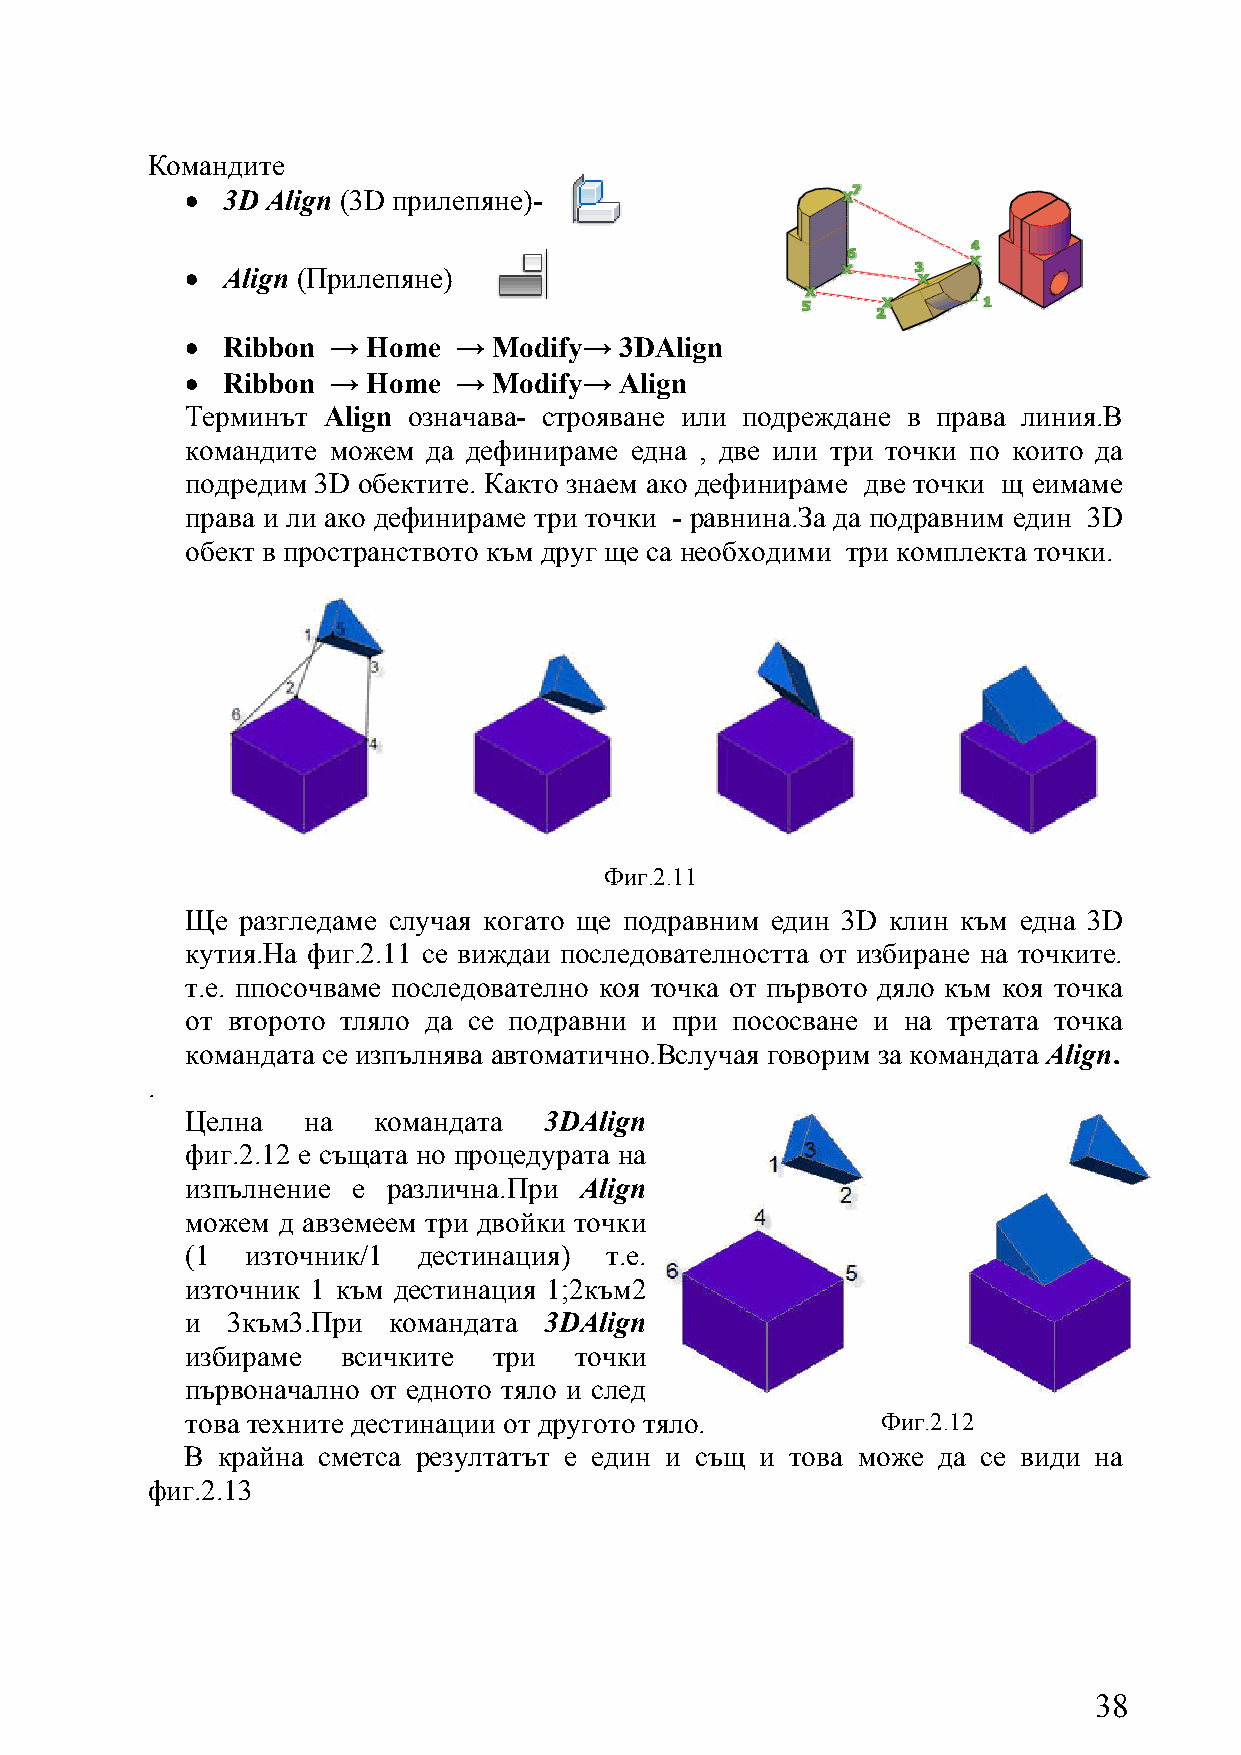
Командите
 •  3D Align (3D прилепяне)-
 •  Align (Прилепяне)
 •  Ribbon → Home  →  Modify→ 3DAlign
 •  Ribbon → Home  →  Modify→ Align
 Терминът Align означава- строяване или подреждане в права линия.В
 командите можем да дефинираме една , две или три точки по които да
 подредим 3D обектите. Както знаем ако дефинираме две точки щ еимаме
 права и ли ако дефинираме три точки - равнина.За да подравним един 3D
 обект в пространството към друг ще са необходими три комплекта точки.
 Фиг.2.11
 Ще  разгледаме случая когато ще подравним един 3D клин към една 3D
 кутия.На фиг.2.11 се виждаи последователността от избиране на точките.
 т.е. ппосочваме последователно коя точка от първото дяло към коя точка
 от второто тляло да се подравни и при пососване и на третата точка
 командата се изпълнява автоматично.Вслучая говорим за командата Align.
 .
 Целна   на   командата  3DAlign
 фиг.2.12 е същата но процедурата на
 изпълнение е  различна.При Align
 можем д авземеем три двойки точки
 (1  източник/1  дестинация) т.е.
 източник 1 към дестинация 1;2към2
 и  3към3.При  командата 3DAlign
 избираме   всичките  три  точки
 първоначално от едното тяло и след
 това техните дестинации от другото тяло.      Фиг.2.12
 В крайна сметса резултатът е един и същ и това може да се види на
 фиг.2.13
 38